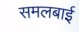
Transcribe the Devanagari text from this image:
समलबाई